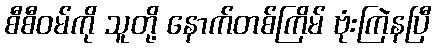
စီစီဝမ်ကို သူတို့ နောက်တစ်ကြိမ် ဗုံးကြဲနပြီ